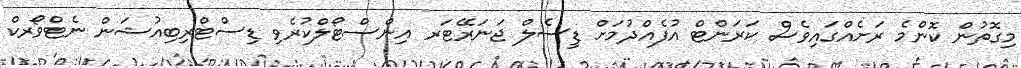
މިގޮތުން ކޮންމެ ރަށެއްގައިވެސް ކަރަންޓް އުފެއްދުމަށް ޑީސެލް ޖަނަރޭޓަރ އިންސްޓޯލްކުރެވި ޑިސްޓްރިބިއުޝަން ނެޓްވޯރކް